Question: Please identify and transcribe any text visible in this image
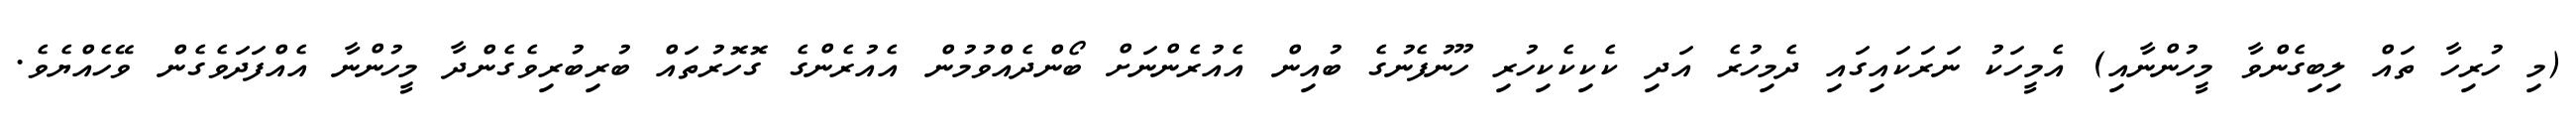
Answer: (މި ހުރިހާ ތައް ލިބިގެންވާ މީހުންނާއި) އެމީހަކު ނަރަކައިގައި ދެމިހުރެ އަދި ކެކިކެކިހުރި ހޫނުފެނުގެ ބުއިން އެއުރެންނަށް ބޯންދެއްވުމުން އެއުރެންގެ ގޮހޮރުތައް ބުރިބުރިވެގެންދާ މީހުންނާ އެއްފަދަވެގެން ވޭހެއްޔެވެ.